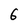
Character: 6